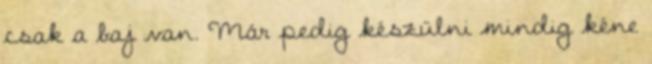
csak a baj van. Már pedig készülni mindig kéne